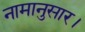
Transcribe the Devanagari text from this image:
नामानुसार।